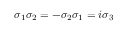
\sigma _ { 1 } \sigma _ { 2 } = - \sigma _ { 2 } \sigma _ { 1 } = i \sigma _ { 3 }